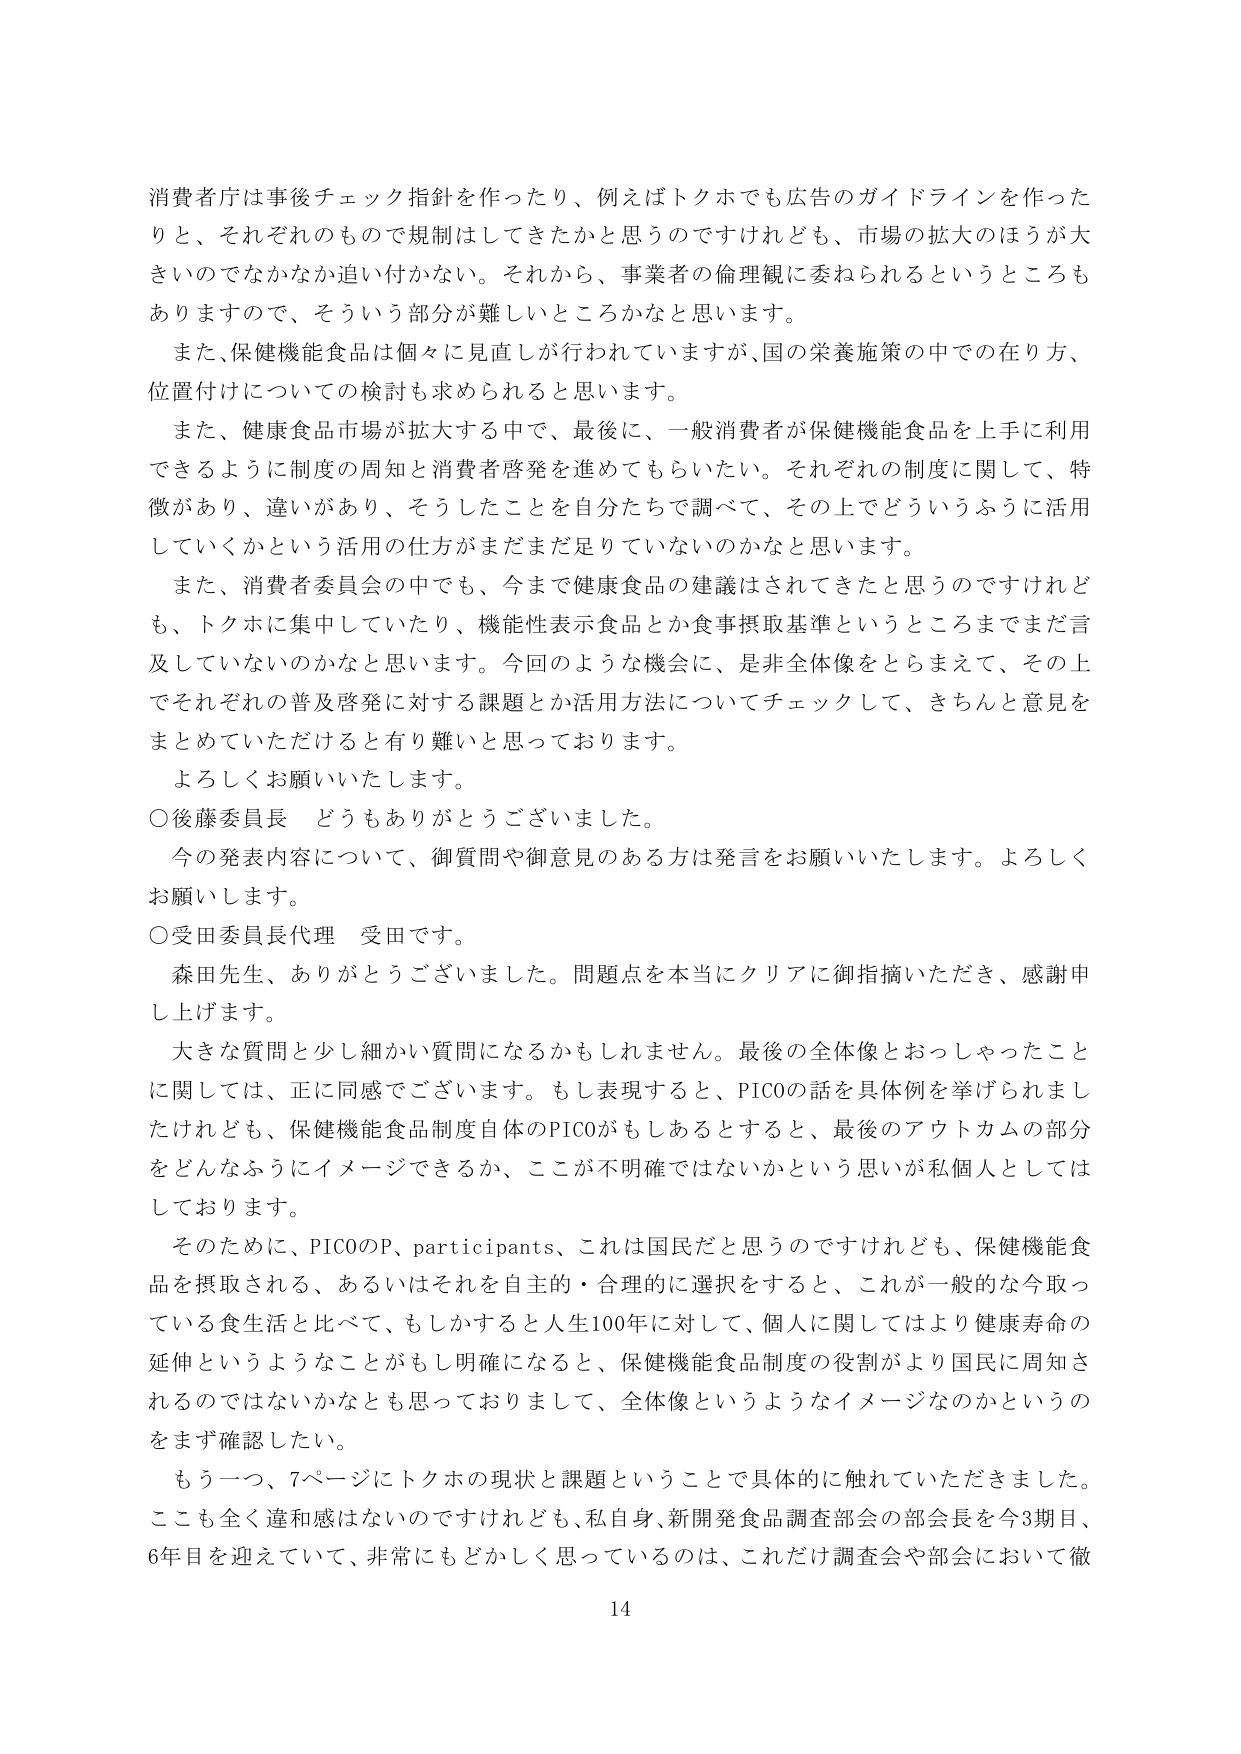
消費者庁は事後チェック指針を作ったり、例えばトクホでも広告のガイドラインを作ったりと、それぞれのもので規制はしてきたかと思うのですけれども、市場の拡大のほうが大きいのでなかなか追い付かない。それから、事業者の倫理観に委ねられるというところもありますので、そういう部分が難しいところかなと思います。

また、保健機能食品は個々に見直しが行われていますが、国の栄養施策の中での在り方、位置付けについての検討も求められると思います。

また、健康食品市場が拡大する中で、最後に、一般消費者が保健機能食品を上手に利用できるように制度の周知と消費者啓発を進めてもらいたい。それぞれの制度に関して、特徴があり、違いがあり、そうしたことを自分たちで調べて、その上でどういうふうに活用していくかという活用の仕方がまだまだ足りていないのかなと思います。

また、消費者委員会の中でも、今まで健康食品の建議はされてきたと思うのですけれども、トクホに集中していたり、機能性表示食品とか食事摂取基準というところまでまだ言及していないのかなと思います。今回のような機会に、是非全体像をとらえて、その上でそれぞれの普及啓発に対する課題とか活用方法についてチェックして、きちんと意見をまとめていただけると有り難いと思っております。

よろしくお願いいたします。

○後藤委員長　どうもありがとうございました。

今の発表内容について、御質問や御意見のある方は発言をお願いいたします。よろしくお願いします。

○受田委員長代理　受田です。

森田先生、ありがとうございました。問題点を本当にクリアに御指摘いただき、感謝申し上げます。

大きな質問と少し細かい質問になるかもしれません。最後の全体像とおっしゃったことに関しては、正に同感でございます。もし表現すると、PICOの話を具体例を挙げられましたけれども、保健機能食品制度自体のPICOがもしあるとすると、最後のアウトカムの部分をどんなふうにイメージできるか、ここが不明確ではないかという思いが私個人としてはしております。

そのため、PICOのP、participants、これは国民だと思うのですけれども、保健機能食品を摂取される、あるいはそれを自主的・合理的に選択をすると、これが一般的な今取っている食生活と比べて、もしかすると人生100年に対して、個人に関してはより健康寿命の延伸というようなことがもし明確になると、保健機能食品制度の役割がより国民に周知されるのではないかなとも思っておりまして、全体像というようなイメージなのかというのをまず確認したい。

もう一つ、7ページにトクホの現状と課題ということで具体的に触れていただきました。ここも全く違和感はないのですけれども、私自身、新開発食品調査部会の部会長を今3期目、6年目を迎えていて、非常にもどかしく思っているのは、これだけ調査会や部会において徹

14